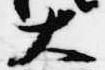
大